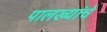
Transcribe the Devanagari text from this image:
पालख्यांचे